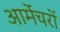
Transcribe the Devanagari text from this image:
आर्मेचरों